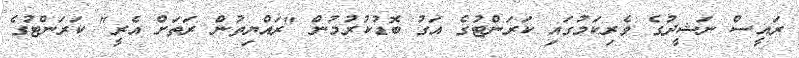
ރައީސް ނަޝީދުގެ ވެރިކަމުގައި ކަރަންޓުގެ އަގު ބޮޑުކުރުމުން "ރައްޔިތުން ރަތަށް އެރީ" ކަރަންޓުގެ